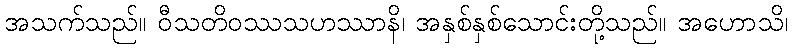
အသက်သည်။ ဝီသတိဝဿသဟဿာနိ၊ အနှစ်နှစ်သောင်းတို့သည်။ အဟောသိ၊